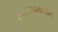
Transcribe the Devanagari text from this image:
सतारवादनातील